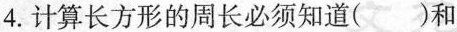
4.计算长方形的周长必须知道()和